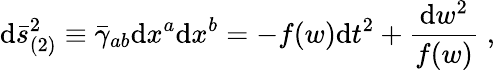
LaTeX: \mathrm{d}\bar{{s}}_{(2)}^{2}\equiv\bar{{\gamma}}_{ab}\mathrm{d}x^{a}\mathrm{d}x^{b}=-f(w)\mathrm{d}t^{2}+\frac{{\mathrm{d}w^{2}}}{{f(w)}}\; ,